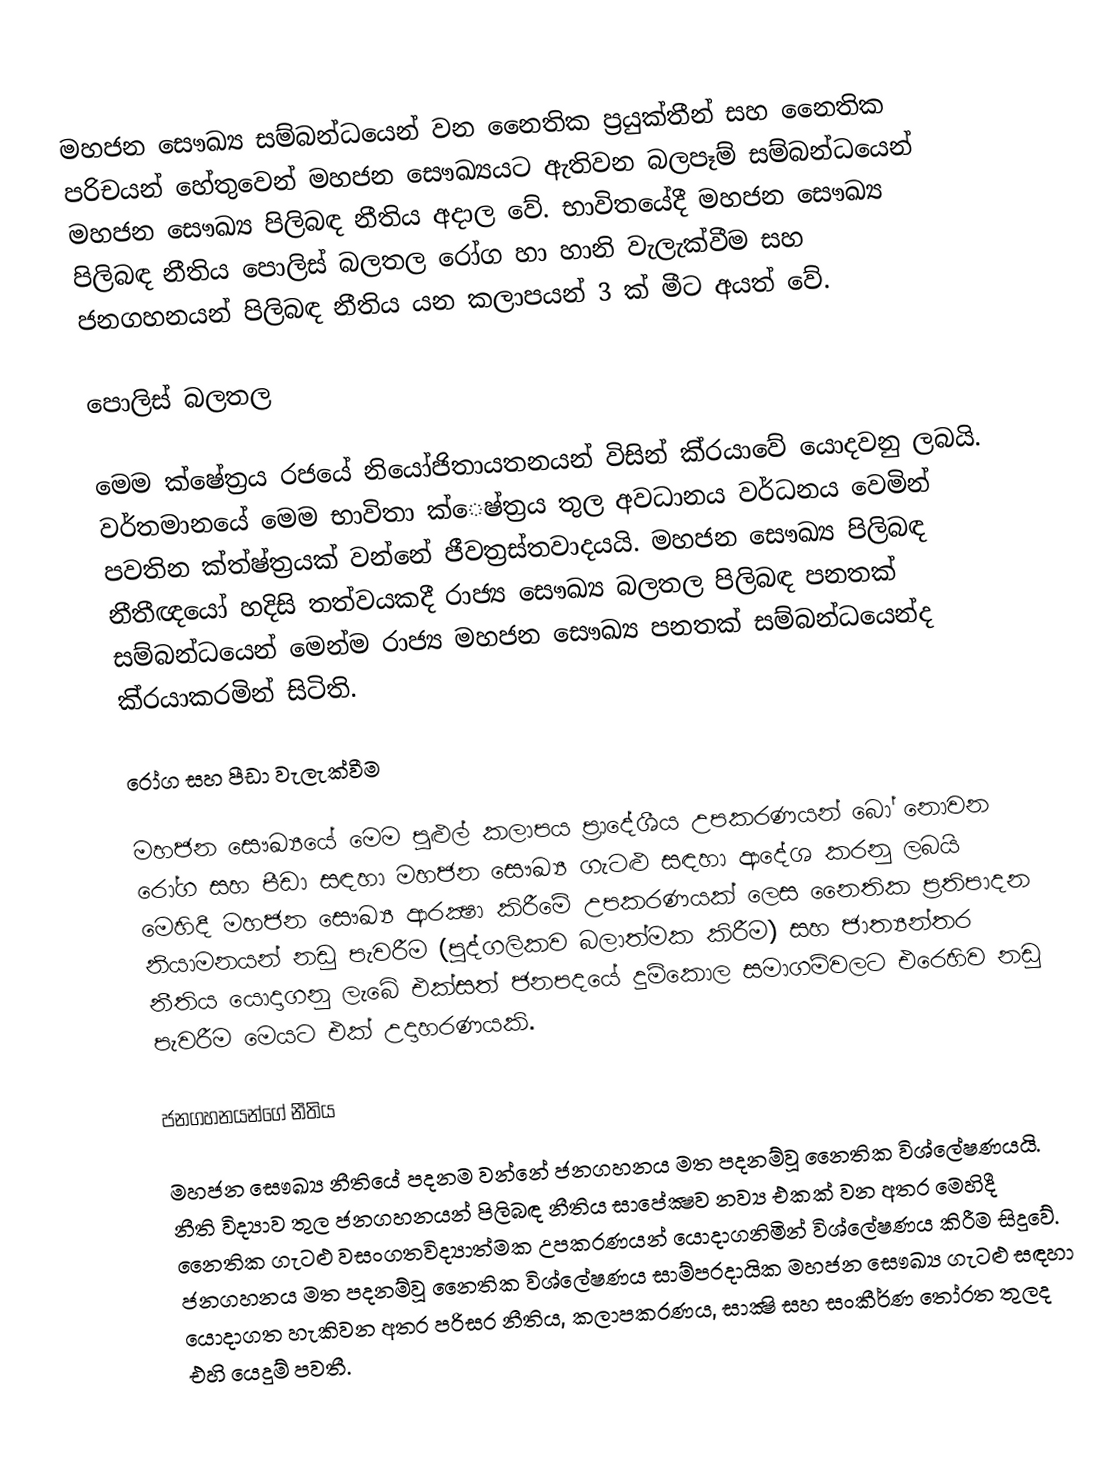
මහජන සෞඛ්‍ය සම්බන්ධයෙන් වන නෛතික ප‍්‍රයුක්තීන් සහ නෛතික පරිචයන් හේතුවෙන් මහජන සෞඛ්‍යයට ඇතිවන බලපෑම් සම්බන්ධයෙන් මහජන සෞඛ්‍ය පිලිබඳ නීතිය අදාල වේ. භාවිතයේදී මහජන සෞඛ්‍ය පිලිබඳ නීතිය පොලිස් බලතල රෝග හා හානි වැලැක්වීම සහ ජනගහනයන් පිලිබඳ නීතිය යන කලාපයන් 3 ක් මීට අයත් වේ.

පොලිස් බලතල

මෙම ක්ෂේත‍්‍රය රජයේ නියෝජිතායතනයන් විසින් කි‍්‍රයාවේ යොදවනු ලබයි. වර්තමානයේ මෙම භාවිතා ක්ෙෂ්ත‍්‍රය තුල අවධානය වර්ධනය වෙමින් පවතින ක්ත්‍ෂ්ත‍්‍රයක් වන්නේ ජීවත‍්‍රස්තවාදයයි. මහජන සෞඛ්‍ය පිලිබඳ නීතීඥයෝ හදිසි තත්වයකදී රාජ්‍ය සෞඛ්‍ය බලතල පිලිබඳ පනතක් සම්බන්ධයෙන් මෙන්ම රාජ්‍ය මහජන සෞඛ්‍ය පනතක් සම්බන්ධයෙන්ද කි‍්‍රයාකරමින් සිටිති.

රෝග සහ පීඩා වැලැක්වීම

මහජන සෞඛ්‍යයේ මෙම පුළුල් කලාපය ප‍්‍රාදේශීය උපකරණයන් බෝ නොවන රෝග සහ පීඩා සඳහා මහජන සෞඛ්‍ය ගැටළු සඳහා ආදේශ කරනු ලබයි මෙහිදී මහජන සෞඛ්‍ය ආරක්‍ෂා කිරීමේ උපකරණයක් ලෙස නෛතික ප‍්‍රතිපාදන නියාමනයන් නඩු පැවරීම (පුද්ගලිකව බලාත්මක කිරීම) සහ ජාත්‍යන්තර නීතිය යොදාගනු ලැබේ එක්සත් ජනපදයේ දුම්කොල සමාගම්වලට එරෙහිව නඩු පැවරීම මෙයට එක් උදාහරණයකි.

ජනගහනයන්ගේ නීතිය

මහජන සෞඛ්‍ය නීතියේ පදනම වන්නේ ජනගහනය මත පදනම්වූ නෛතික විශ්ලේෂණයයි. නීති විද්‍යාව තුල ජනගහනයන් පිලිබඳ නීතිය සාපේක්‍ෂව නව්‍ය එකක් වන අතර මෙහිදී නෛතික ගැටළු වසංගතවිද්‍යාත්මක උපකරණයන් යොදාගනිමින් විශ්ලේෂණය කිරීම සිදුවේ. ජනගහනය මත පදනම්වූ නෛතික විශ්ලේෂණය සාම්ප‍්‍රදායික මහජන සෞඛ්‍ය ගැටළු සඳහා යොදාගත හැකිවන අතර පරිසර නීතිය, කලාපකරණය, සාක්‍ෂි සහ සංකීර්ණ තෝරත තුලද එහි යෙදුම් පවතී.